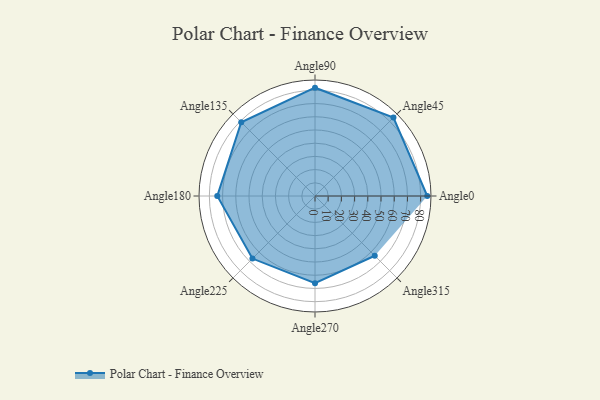
{"axis": {"x": "Angle", "y": "Radius"}, "legend": [""], "data": [{"x": "Angle0", "y": 85.0, "type": ""}, {"x": "Angle45", "y": 84.0, "type": ""}, {"x": "Angle90", "y": 82.0, "type": ""}, {"x": "Angle135", "y": 79.0, "type": ""}, {"x": "Angle180", "y": 74.0, "type": ""}, {"x": "Angle225", "y": 67.0, "type": ""}, {"x": "Angle270", "y": 66.0, "type": ""}, {"x": "Angle315", "y": 64.0, "type": ""}]}